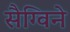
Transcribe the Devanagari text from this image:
सैग्विने